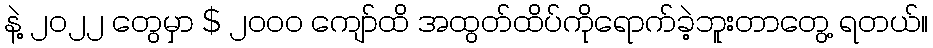
နဲ့ ၂၀၂၂ တွေမှာ $ ၂၀၀၀ ကျော်ထိ အထွတ်ထိပ်ကိုရောက်ခဲ့ဘူးတာတွေ့ ရတယ်။